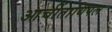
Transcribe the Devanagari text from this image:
आर्चीतायिपल